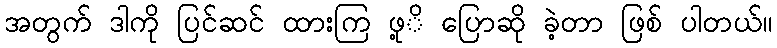
အတွက် ဒါကို ပြင်ဆင် ထားကြ ဖု့ိ ပြောဆို ခဲ့တာ ဖြစ် ပါတယ်။